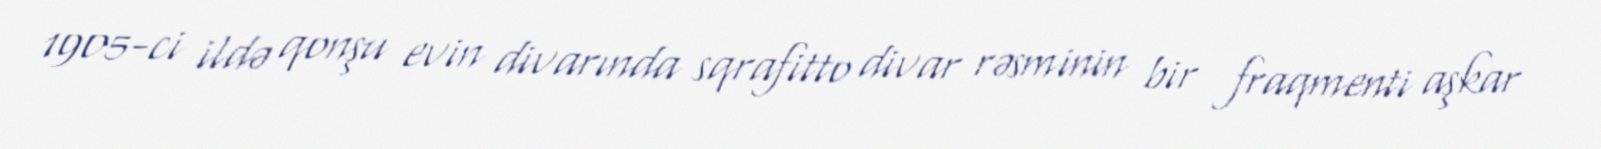
1905-ci ildə qonşu evin divarında sqrafitto divar rəsminin bir fraqmenti aşkar